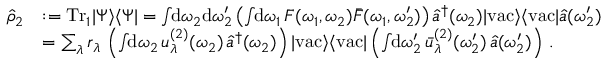
\begin{array} { r l } { \hat { \rho } _ { 2 } } & { : = \mathrm { T r } _ { 1 } | \Psi \rangle \langle \Psi | = \int \! \! \mathrm { d } \omega _ { 2 } \mathrm { d } \omega _ { 2 } ^ { \prime } \left( \int \! \! \mathrm { d } \omega _ { 1 } \, F ( \omega _ { 1 } , \omega _ { 2 } ) \bar { F } ( \omega _ { 1 } , \omega _ { 2 } ^ { \prime } ) \right) \hat { a } ^ { \dagger } ( \omega _ { 2 } ) | \mathrm { v a c } \rangle \langle \mathrm { v a c } | \hat { a } ( \omega _ { 2 } ^ { \prime } ) } \\ & { = \sum _ { \lambda } r _ { \lambda } \, \left( \int \! \! \mathrm { d } \omega _ { 2 } \, u _ { \lambda } ^ { ( 2 ) } ( \omega _ { 2 } ) \, \hat { a } ^ { \dagger } ( \omega _ { 2 } ) \right) | \mathrm { v a c } \rangle \langle \mathrm { v a c } | \left( \int \! \! \mathrm { d } \omega _ { 2 } ^ { \prime } \, \bar { u } _ { \lambda } ^ { ( 2 ) } ( \omega _ { 2 } ^ { \prime } ) \, \hat { a } ( \omega _ { 2 } ^ { \prime } ) \right) \, . } \end{array}